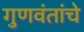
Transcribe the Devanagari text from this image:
गुणवंतांचे